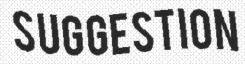
SUGGESTION